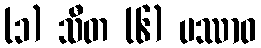
(၁) သီတ (၆) ပဿာဝ